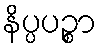
နိပ္ပပဉ္စာ